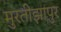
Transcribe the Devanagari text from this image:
मुरतीझापुर